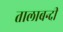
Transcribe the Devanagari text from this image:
तालाबन्दी